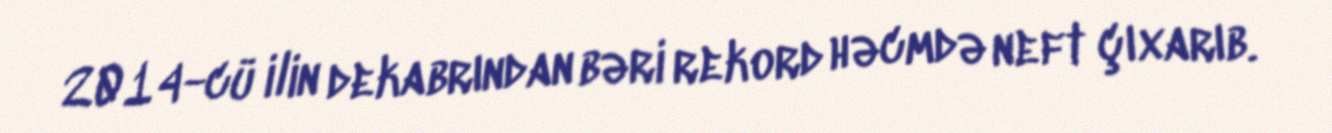
2014-cü ilin dekabrından bəri rekord həcmdə neft çıxarıb.